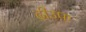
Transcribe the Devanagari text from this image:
दीउफ़्